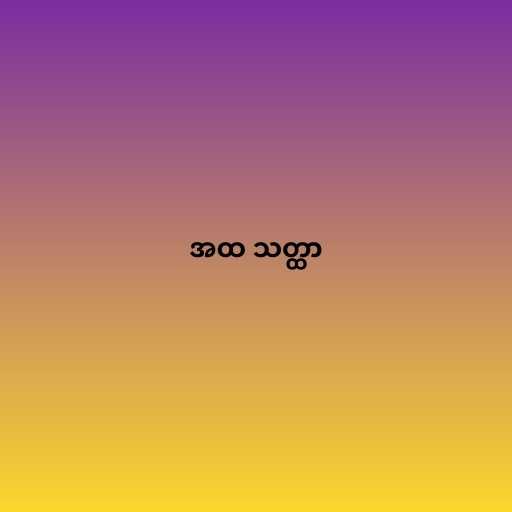
အထ သတ္ထာ